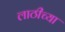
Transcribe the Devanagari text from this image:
लाठीच्या